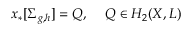
x _ { * } [ \Sigma _ { g , h } ] = { \cal Q } , \, \, \, \, \, \, \, { \cal Q } \in H _ { 2 } ( X , { \cal L } )